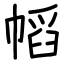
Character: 幍